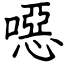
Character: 噁